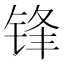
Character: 锋